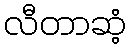
လီတာဆံ့